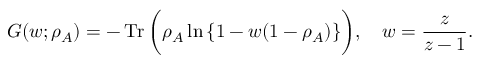
G ( w ; \rho _ { A } ) = - \operatorname { T r } \bigg ( \rho _ { A } \ln { \{ 1 - w ( 1 - \rho _ { A } ) \} } \bigg ) , \quad w = \frac { z } { z - 1 } .